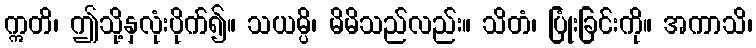
ဣတိ၊ ဤသို့နှလုံးပိုက်၍။ သယမ္ပိ၊ မိမိသည်လည်း။ သိတံ၊ ပြုံးခြင်းကို။ အကာသိ၊